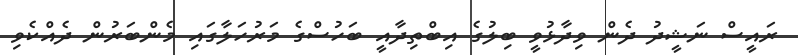
ރައީސް ނަޝީދު ދެން ވިދާޅުވީ ބިލުގެ އިބްތިދާއީ ބަހުސްގެ މަރުހަލާގައި މެންބަރުން ދެއްކެވި